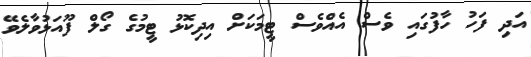
އަދި ފަހު ހާފުގައި ވެސް އެއްވެސް ޓީމަކަށް އިދިކޮޅު ޓީމުގެ ގޯލް ފޫއަޅުވާލެވޭ